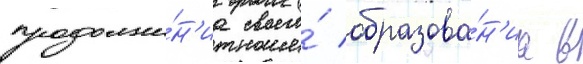
продолже́н'иа своего́ образова́н'иа в